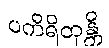
ပကိရိတုန္တိ